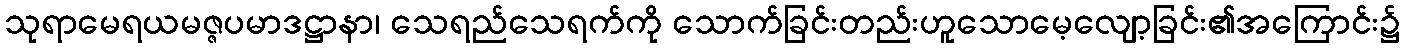
သုရာမေရယမဇ္ဇပမာဒဋ္ဌာနာ၊ သေရည်သေရက်ကို သောက်ခြင်းတည်းဟူသောမေ့လျော့ခြင်း၏အကြောင်း၌